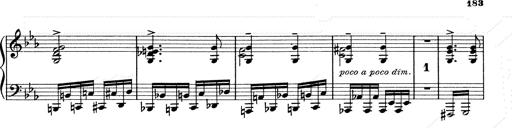
Title: 6 Polish Songs
Composer: Franz Liszt